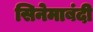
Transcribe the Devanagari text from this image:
सिनेमाबंदी